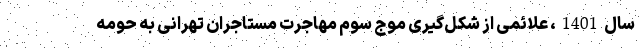
سال1401، علائمی از شکل‌‌گیری موج سوم مهاجرت مستاجران تهرانی به حومه